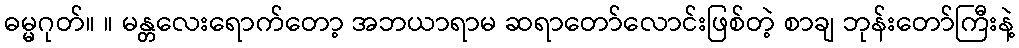
ဓမ္မဂုတ်။ ။ မန္တလေးရောက်တော့ အဘယာရာမ ဆရာတော်လောင်းဖြစ်တဲ့ စာချ ဘုန်းတော်ကြီးနဲ့